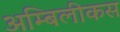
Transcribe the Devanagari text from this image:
अम्बिलीकस